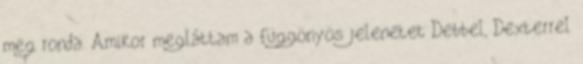
meg ronda. Amikor megláttam a függönyös jelenetet Debbel, Dexterrel